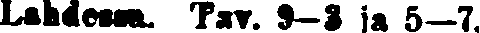
Lahdessa. Pav. 9—3 ja 5—7.